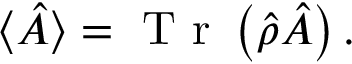
\langle \hat { A } \rangle = \textrm { T r } \left( \hat { \rho } \hat { A } \right) .